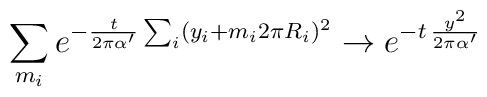
\sum_{m_i} e^{- {t\over2\pi\alpha'}\sum_i (y_i + m_i 2\pi R_i)^2} \rightarrow e^{- t\,{y^2\over2\pi\alpha'}}